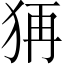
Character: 𤞕